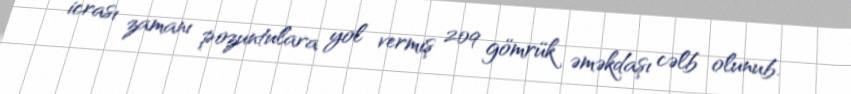
icrası zamanı pozuntulara yol vermiş 209 gömrük əməkdaşı cəlb olunub.